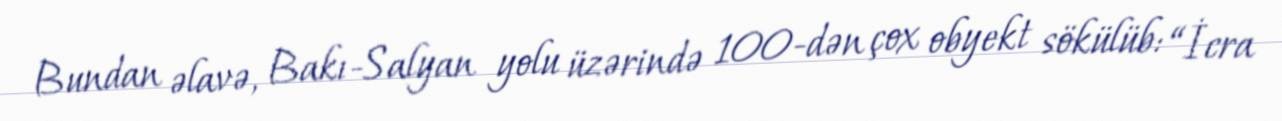
Bundan əlavə, Bakı-Salyan yolu üzərində 100-dən çox obyekt sökülüb: “İcra